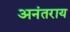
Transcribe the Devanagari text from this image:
अनंतराय